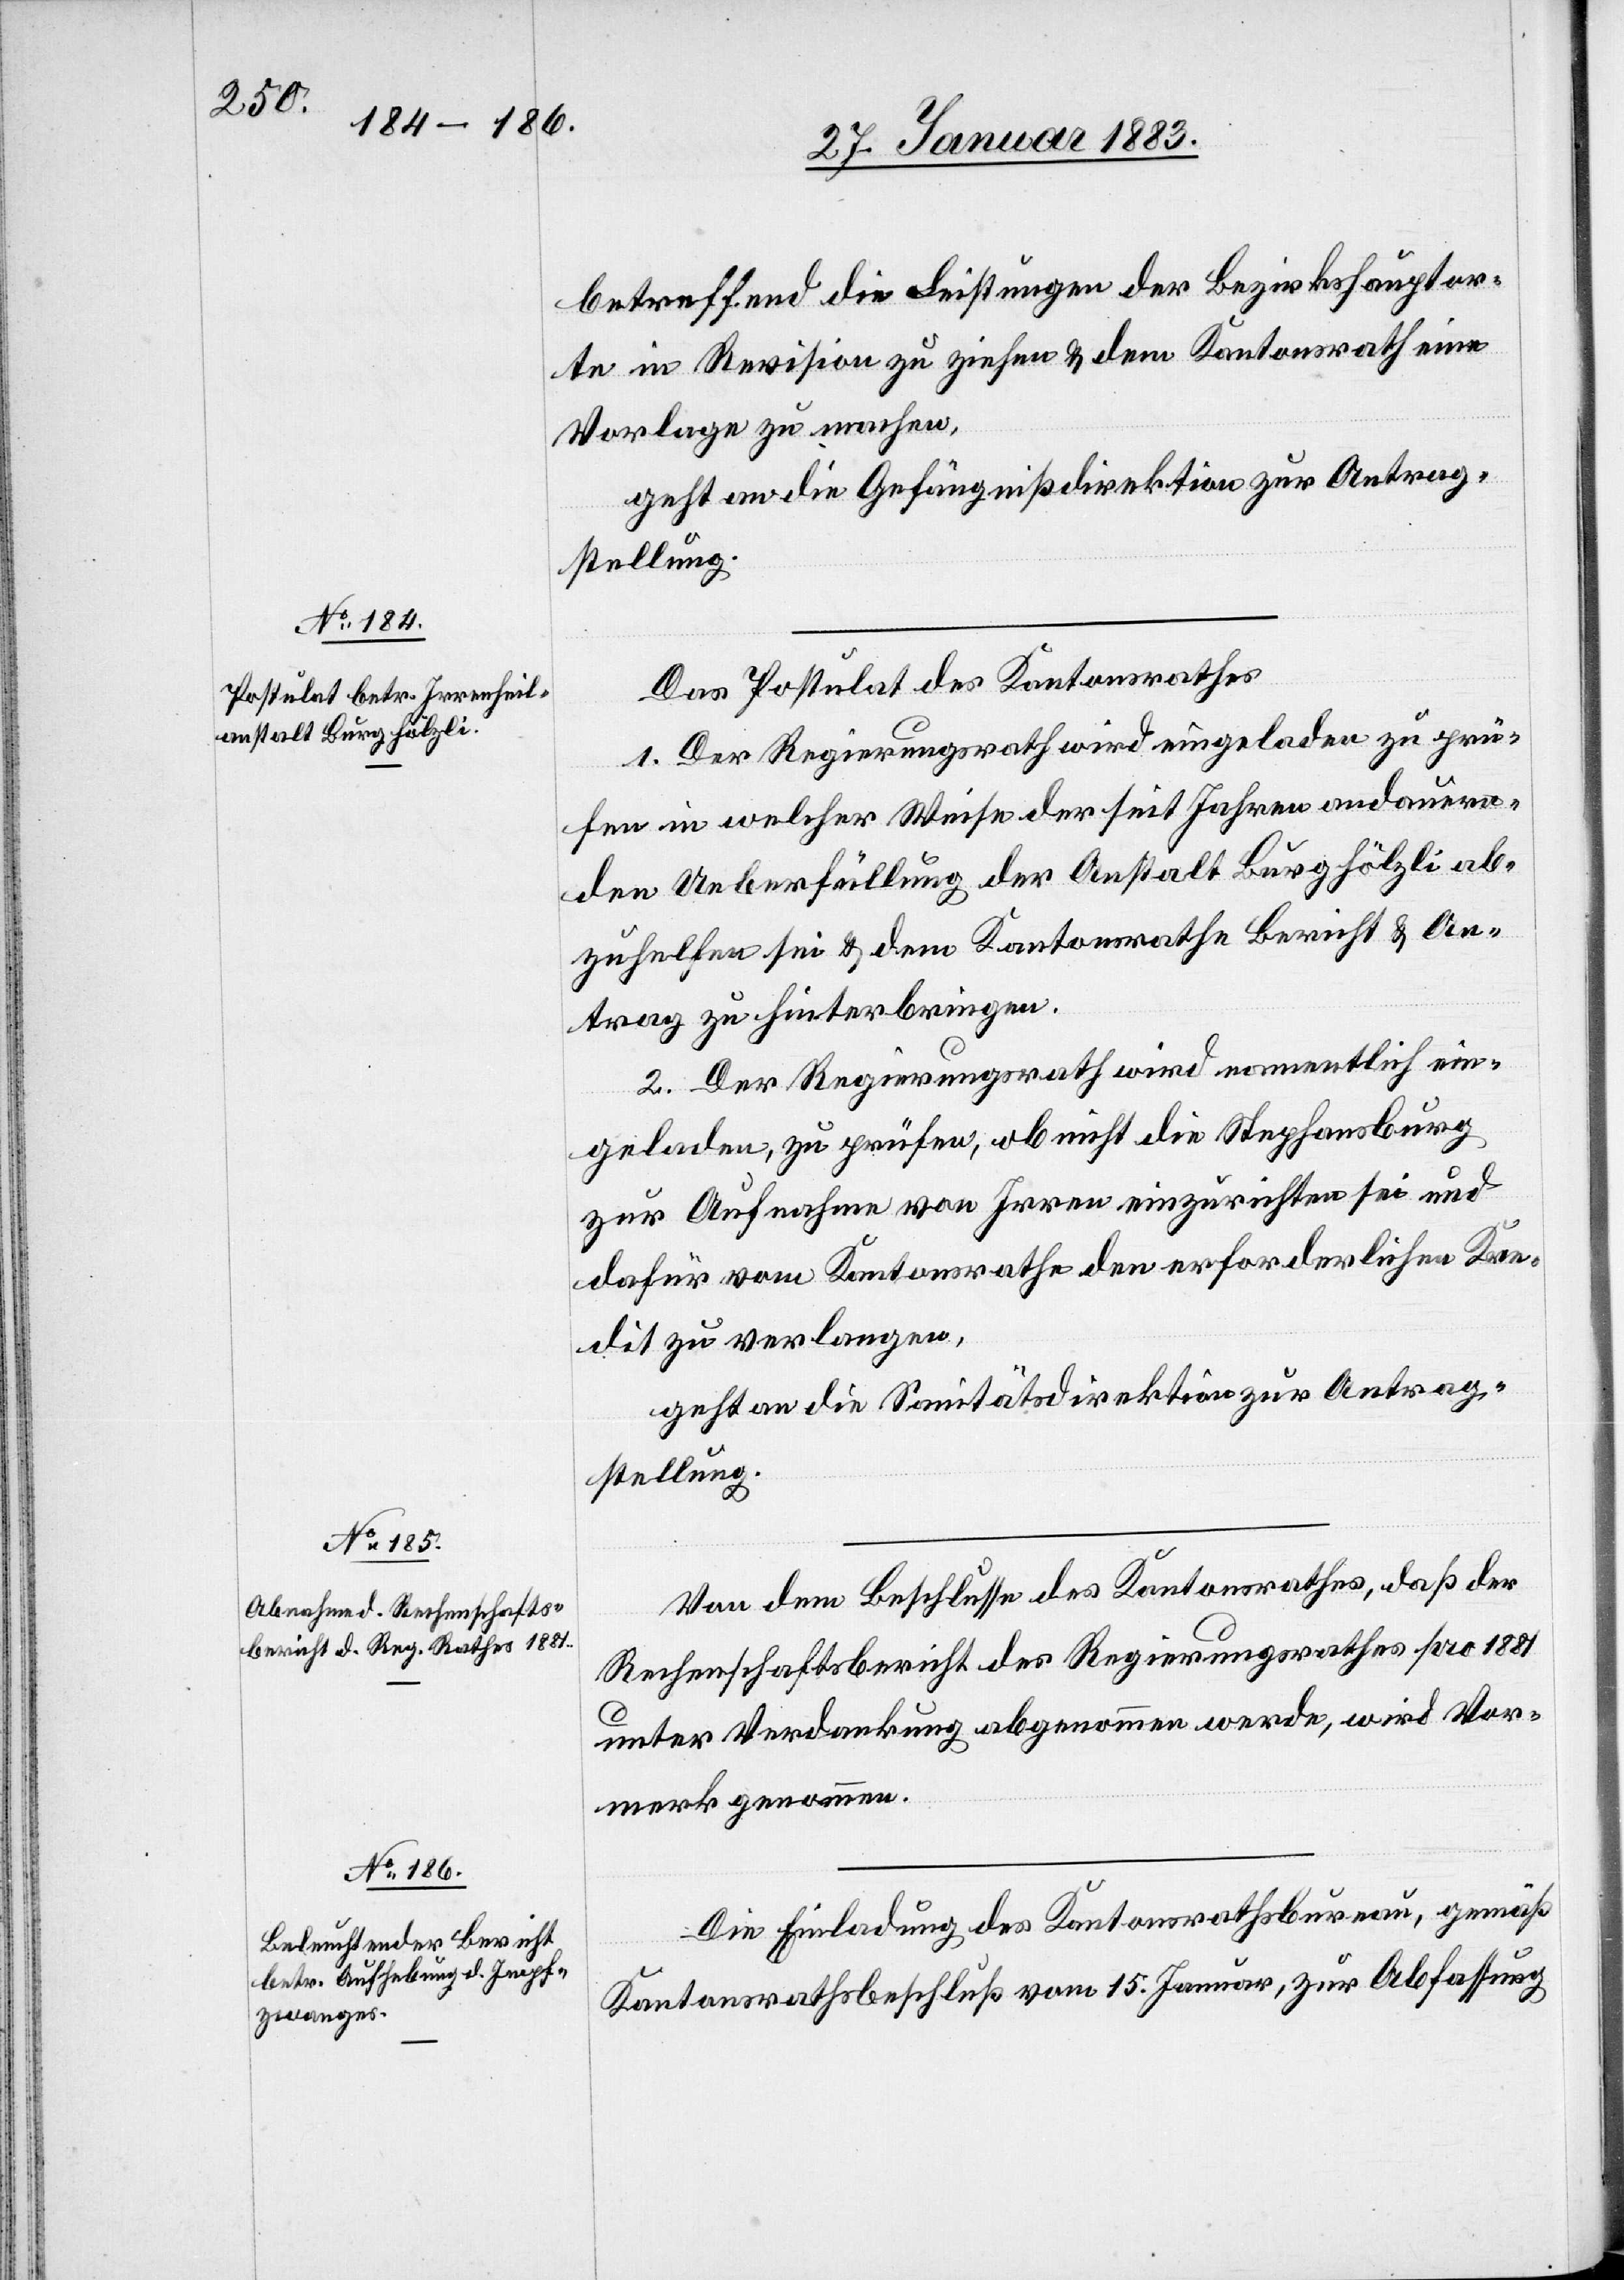
betreffend die Leistungen der Bezirkshauptor¬
te in Revision zu ziehen & dem Kantonsrath eine
Vorlage zu machen,
geht an die Gefängnißdirektion zur Antrag¬
stellung.
Das Postulat des Kantonsrathes
1. Der Regierungsrath wird eingeladen zu prü¬
fen in welcher Weise der seit Jahren andauern¬
den Ueberfüllung der Anstalt Burghölzli ab¬
zuhelfen sei & dem Kantonsrathe Bericht & An¬
trag zu hinterbringen.
1. Der Regierungsrath wird namentlich ein¬
geladen, zu prüfen, ob nicht die Stephansburg
zur Aufnahme von Irren einzurichten sei und
dafür vom Kantonsrathe den erforderlichen Kre¬
dit zu verlangen,
geht an die Sanitätsdirektion zur Antrag¬
stellung.
Von dem Beschlusse des Kantonsrathes, daß der
Rechenschaftsbericht des Regierungsrathes pro 1881
unter Verdankung abgenommen werde, wird Vor¬
merk genommen.
Die Einladung des Kantonsrathsbureau, gemäß
Kantonsrathsbeschluß vom 15. Januar, zur Abfassung